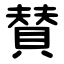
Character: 賛